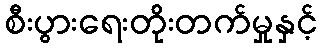
စီးပွားရေးတိုးတက်မှုနှင့်